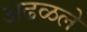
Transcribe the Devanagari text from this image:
अढळले